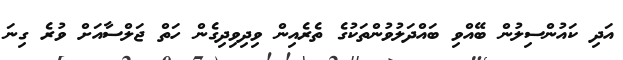
އަދި ކައުންސިލުން ބޭއްވި ބައްދަލުވުންތަކުގެ ތެރެއިން ވިދިވިދިގެން ހަތް ޖަލްސާއަށް ވުރެ ގިނަ